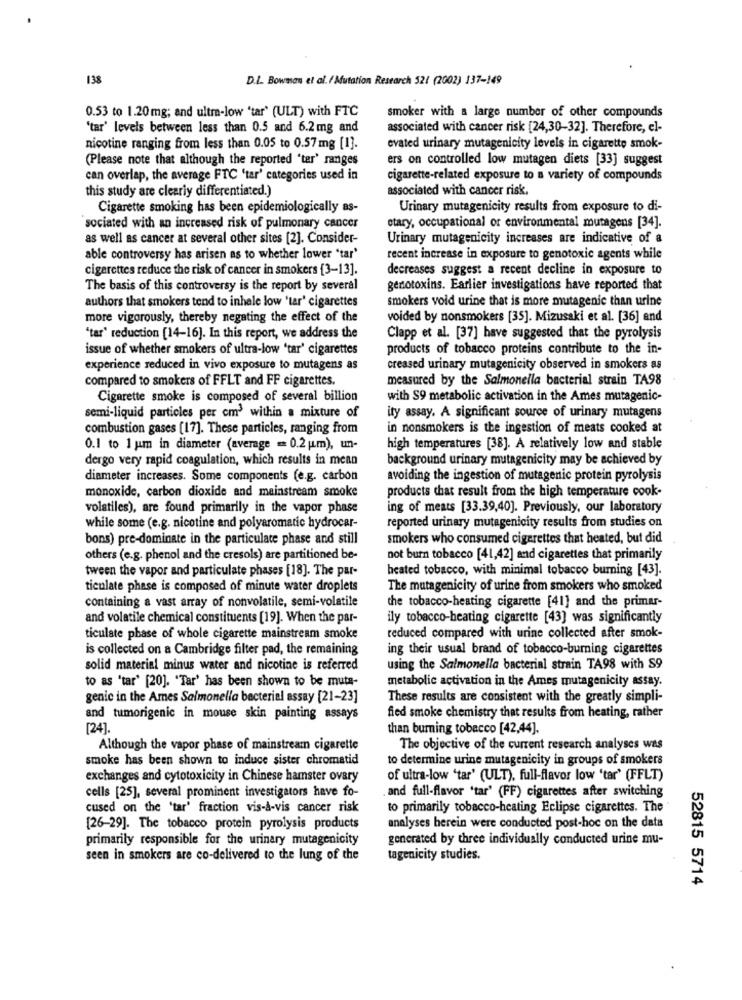
138
D.L. Bowman et al. / Mutation Research 521 (2002) 137-149
0.53 to 1.20mg; and ultra-low 'tar' (ULT) with FTC
smoker with a large number of other compounds
'tar' levels between less than 0.5 and 6.2mg and
associated with cancer risk [24,30-32]. Therefore, el-
nicotine ranging from less than 0.05 to 0.57mg [1].
evated urinary mutagenicity levels in cigarette smok-
(Please note that although the reported "ter' ranges
ers on controlled low mutagen diets [33] suggest
can overlap, the average FTC 'tar' categories used in
cigarette-related exposure to a variety of compounds
this study are clearly differentiated.)
associated with cancer risk.
Cigarette smoking has been epidemiologically as-
Urinary mutagenicity results from exposure to di-
sociated with an increased risk of pulmonary cancer
stary, occupational or environmental mutagens [34].
as well as cancer at several other sites [2]. Consider-
Urinary mutagenicity increases are indicative of a
able controversy has arisen as to whether lower "tar'
recent increase in exposure to genotoxic agents while
cigarettes reduce the risk of cancer in smokers [3-13].
decreases suggest a recent decline in exposure to
The basis of this controversy is the report by several
genotoxins. Earlier investigations have reported that
smokers vold urine that is more mutagenic than urine
authors that smokers tend to inhale low 'tar' cigarettes
more vigorously, thereby negating the effect of the
voided by nonsmokers [35]. Mizusaki et al. [36] and
"tar' reduction [14-16]. In this report, we address the
Clapp et al. [37] have suggested that the pyrolysis
issue of whether smokers of ultra-low 'tar' cigarettes
products of tobacco proteins contribute to the in-
experience reduced in vivo exposure to mutagens as
creased urinary mutagenicity observed in smokers as
compared to smokers of FFLT and FF cigarettes.
measured by the Salmonella bacterial strain TA98
Cigarette smoke is composed of several billion
with S9 metabolic activation in the Ames mutagenic-
semi-liquid particles per cm' within a mixture of
ity assay. A significant source of urinary mutagens
combustion gases [17]. These particles, ranging from
in nonsmokers is the ingestion of meats cooked at
0.1 to 1 um in diameter (average = 0.2 |ım), un-
high temperatures [38]. A relatively low and stable
dergo very rapid coagulation, which results in mean
background urinary mutagenicity may be achieved by
diameter increases. Some components (e.g. carbon
avoiding the ingestion of mutagenic protein pyrolysis
products that result from the high temperature cook-
monoxide, carbon dioxide and mainstream smoke
volatiles), are found primarily in the vapor phase
ing of meats [33.39,40]. Previously, our laboratory
while some (e.g. nicotine and polyaromatic hydrocar-
reported urinary mutagenicity results from studies on
bons) pre-dominate in the particulate phase and still
smokers who consumed cigarettes that heated, but did
others (e.g. phenol and the cresols) are partitioned be-
not burn tobacco [41,42] and cigarettes that primarily
tween the vapor and particulate phases [18]. The par-
heated tobacco, with minimal tobacco burning [43].
ticulate phase is composed of minute water droplets
The mutagenicity of urine from smokers who smoked
the tobacco-heating cigarette [41] and the primar-
containing a vast array of nonvolatile, semi-volatile
and volatile chemical constituents [19]. When the par-
ily tobacco-heating cigarette [43] was significantly
ticulate phase of whole cigarette mainstream smoke
reduced compared with urine collected after smok-
is collected on a Cambridge filter pad, the remaining
ing their usual brand of tobacco-burning cigarettes
solid material minus water and nicotine is referred
using the Salmonella bacterial strain TA98 with S9
to as "tar' [20]. "Tar' has been shown to be muta-
metabolic activation in the Ames mutagenicity assay.
genic in the Ames Salmonella bacterial assay [21-23]
These results are consistent with the greatly simpli-
and tumorigenic in mouse skin painting assays
fied smoke chemistry that results from heating, rather
[24].
than burning tobacco [42,44].
Although the vapor phase of mainstream cigarette
The objective of the current research analyses was
smoke has been shown to induce sister chromatid
to determine urine mutagenicity in groups of smokers
exchanges and cytotoxicity in Chinese hamster ovary
of ultra-low 'tar' (ULT), full-flavor low 'tar' (FFLT)
cells [25], several prominent investigators have fo-
and full-flavor 'tar' (FF) cigarettes after switching
cused on the 'tar' fraction vis-à-vis cancer risk
to primarily tobacco-heating Eclipse cigarettes. The
[26-29]. The tobacco protein pyrolysis products
analyses herein were conducted post-hoc on the data
primarily responsible for the urinary mutagenicity
generated by three individually conducted urine mu-
seen in smokers are co-delivered to the lung of the
tagenicity studies.
52815 5714